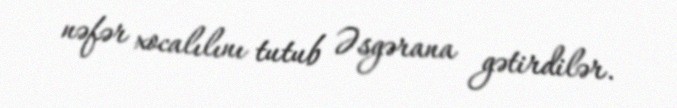
nəfər xocalılını tutub Əsgərana gətirdilər.